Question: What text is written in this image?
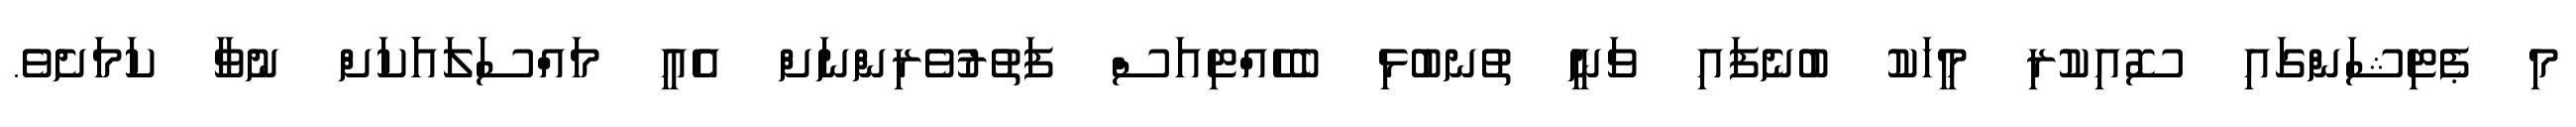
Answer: މި ޕެޓިޝަންގައި ސޮއިކުރި މީހަކު ބުނެފައި ވަނީ ތުނބުޅި ބެހެއްޓިއަސް ފަތުރުވެރިންނަށް އެއީ މައްސަލައަަކަށް ނުވާ ކަމަށެވެ.